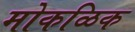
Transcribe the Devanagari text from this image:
मोकळिक